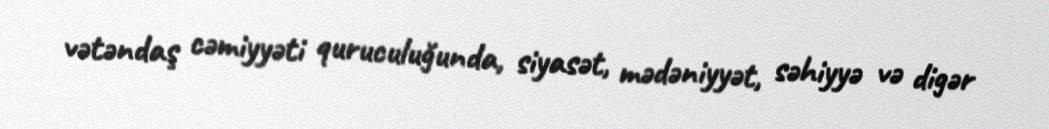
vətəndaş cəmiyyəti quruculuğunda, siyasət, mədəniyyət, səhiyyə və digər